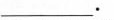
___.